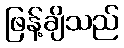
ဖြန့်ချိသည်